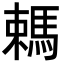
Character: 𣜋